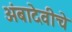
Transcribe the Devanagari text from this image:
अंबादेवीचे